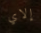
إلاي